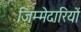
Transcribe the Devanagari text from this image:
जिम्‍मेदारियों